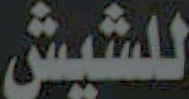
للشيش